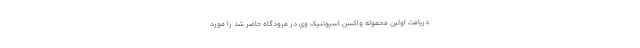
دریافت اولین محموله واکسن اسپوتنیک وی در فرودگاه حاضر شد را مورد